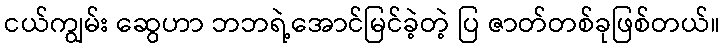
ငယ်ကျွမ်း ဆွေဟာ ဘဘရဲ့အောင်မြင်ခဲ့တဲ့ ပြ ဇာတ်တစ်ခုဖြစ်တယ်။